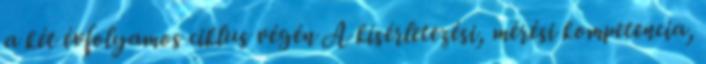
a két évfolyamos ciklus végén A kísérletezési, mérési kompetencia,